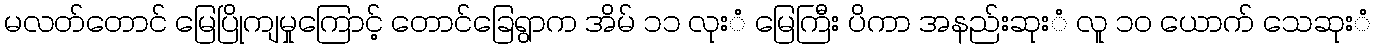
မလတ်တောင် မြေပြိုကျမှုကြောင့် တောင်ခြေရွာက အိမ် ၁၁ လုးံ မြေကြီး ပိကာ အနည်းဆုးံ လူ ၁၀ ယောက် သေဆုးံ